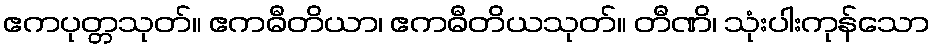
ဧကပုတ္တသုတ်။ ဧကဓီတိယာ၊ ဧကဓီတိယသုတ်။ တီဏိ၊ သုံးပါးကုန်သော